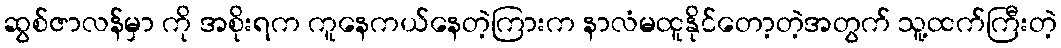
ဆွစ်ဇာလန်မှာ ကို အစိုးရက ကူနေကယ်နေတဲ့ကြားက နာလံမထူနိုင်တော့တဲ့အတွက် သူ့ထက်ကြီးတဲ့